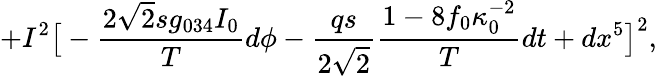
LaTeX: +I^{2}\big[-{\frac{2\sqrt 2sg_{034}I_{0}}{T}}d\phi-{\frac{qs}{2\sqrt 2}}{\frac{1-8f_{0}\kappa_{0}^{-2}}{T}}dt+dx^{5}\big]^{2},